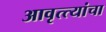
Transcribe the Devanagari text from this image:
आवृत्त्यांचा